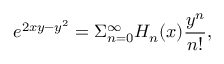
e ^ { 2 x y - y ^ { 2 } } = \Sigma _ { n = 0 } ^ { \infty } H _ { n } ( x ) \frac { y ^ { n } } { n ! } ,